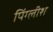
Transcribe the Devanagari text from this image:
पिंग्लीश